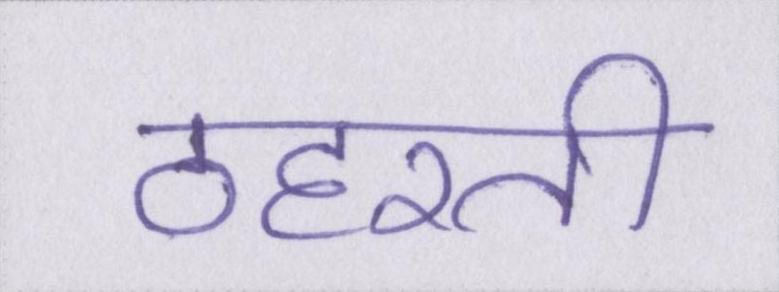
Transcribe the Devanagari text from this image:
ठहरती